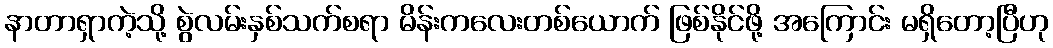
နာတာရှာကဲ့သို့ စွဲလမ်းနှစ်သက်စရာ မိန်းကလေးတစ်ယောက် ဖြစ်နိုင်ဖို့ အကြောင်း မရှိတော့ပြီဟု